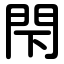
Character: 閇